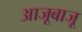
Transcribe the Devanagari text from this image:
आजूबाजू